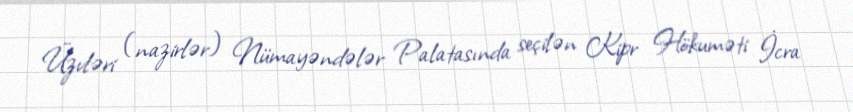
Üzvləri (nazirlər) Nümayəndələr Palatasında seçilən Kipr Hökuməti İcra